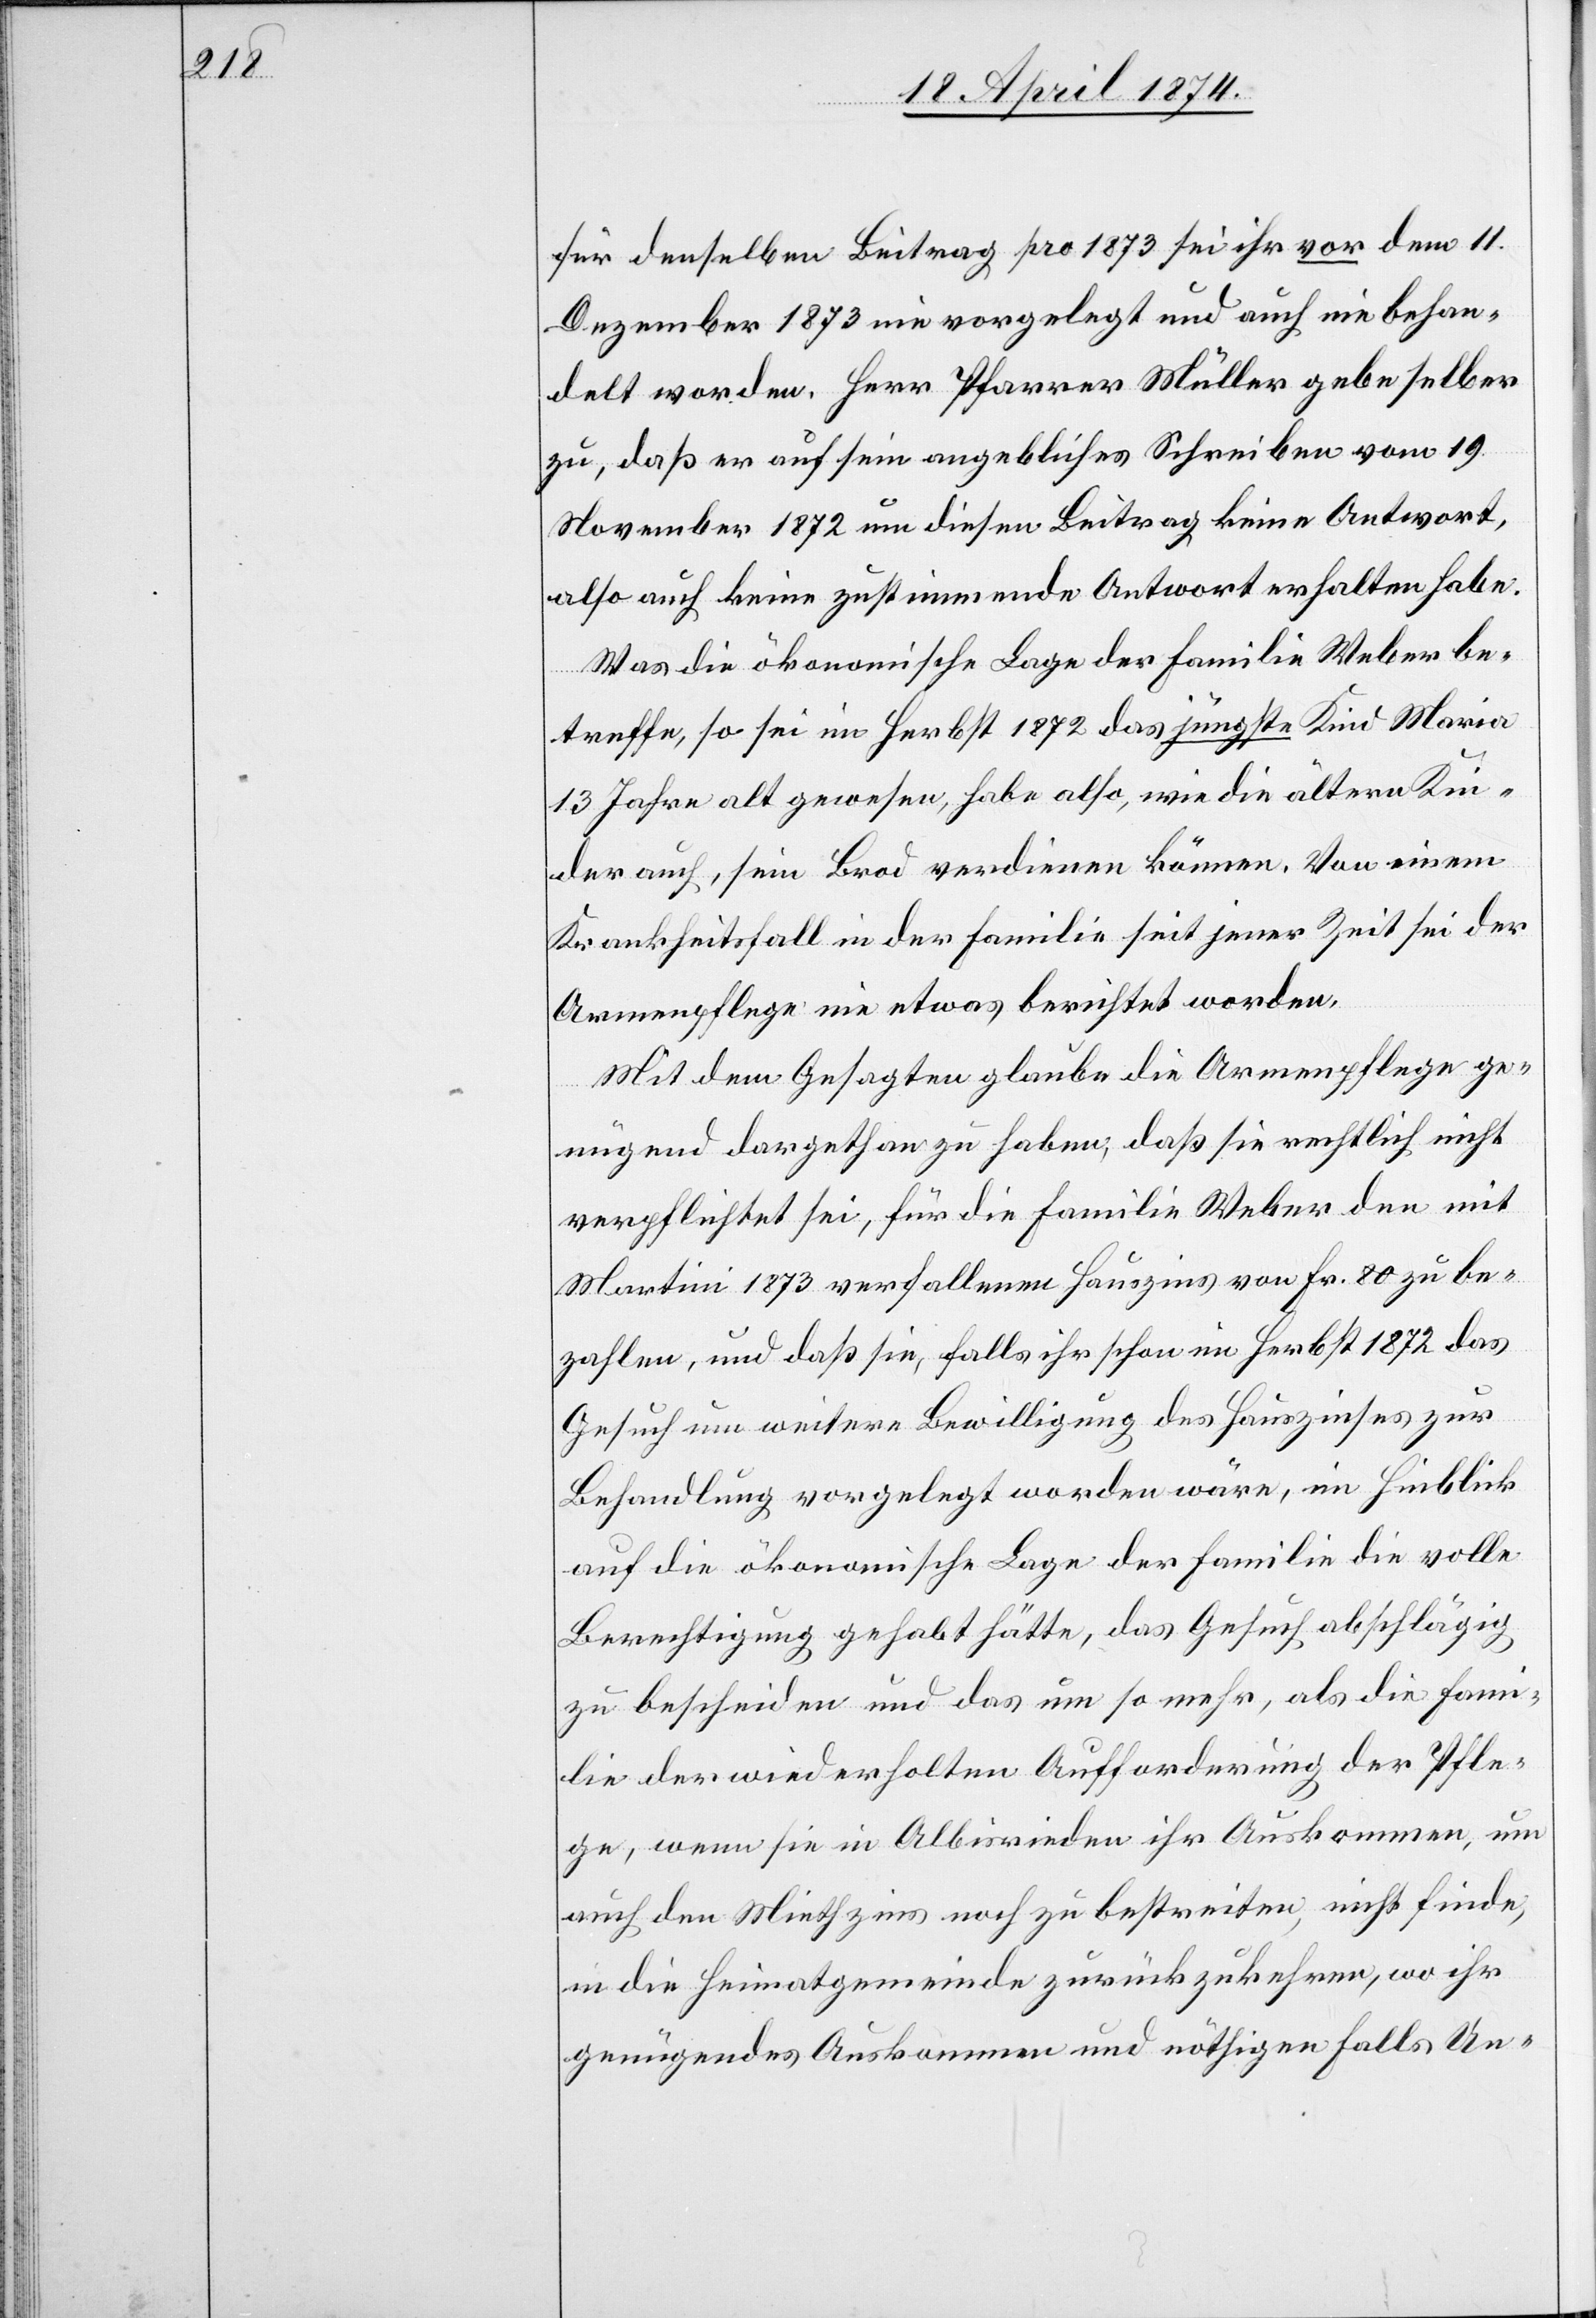
für denselben Beitrag pro 1873 sei ihr vor dem 11.
Dezember 1873 wie vorgelegt und auch nie behan¬
delt worden. Herr Pfarrer Müller gebe selber
zu, daß er auf sein angebliches Schreiben vom 19.
November 1872 um diesen Beitrag keine Antwort,
also auch keine zustimmende Antwort erhalten habe.
Was die ökonomische Lage der Familie Weber be¬
treffe, so sei im Herbst 1872 das jüngste Kind Maria
13 Jahre alt gewesen, habe also, wie die ältern Kin¬
der auch, sein Brod verdienen können. Von einem
Krankheitsfall in der Familie seit jener Zeit sei der
Armenpflege nie etwas berichtet worden.
Mit dem Gesagten glaube die Armenpflege ge¬
nügend dargethan zu haben, daß sie rechtlich nicht
verpflichtet sei, für die Familie Weber den mit
Martini 1873 verfallenen Hauszins von Fr. 80 zu be¬
zahlen, und daß sie, falls ihr schon im Herbst 1872 das
Gesuch um weitere Bewilligung des Hauszinses zur
Behandlung vorgelegt worden wäre, im Hinblick
auf die ökonomische Lage der Familie die volle
Berechtigung gehabt hätte, das Gesuch abschlägig
zu bescheiden und das um so mehr, als die Fami¬
lie der wiederholten Aufforderung der Pfle¬
ge, wenn sie in Albisrieden ihr Auskommen, um
auch den Miethzins noch zu bestreiten, nicht finde,
in die Heimatgemeinde zurückzukehren, wo ihr
genügendes Auskommen und nöthigen Falls Un-